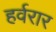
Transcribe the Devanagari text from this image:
हर्वरार